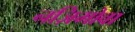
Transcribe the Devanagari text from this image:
नज़िमोवा